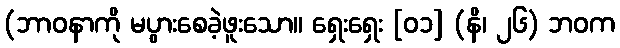
(ဘာဝနာကို မပွားစေခဲ့ဖူးသော။ ရှေးရှေး [၀၁] (နိ၊ ၂၆) ဘဝက